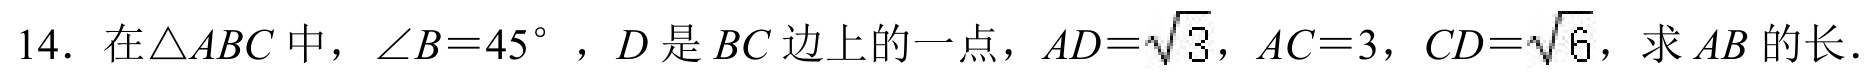
14. 在\(\triangle ABC\) 中，\(\angle B = 45^{\circ}\) ，\(D\) 是 \(BC\) 边上的一点，\(AD = \sqrt{3}\)，\(AC = 3\)，\(CD = \sqrt{6}\)，求 \(AB\) 的长.